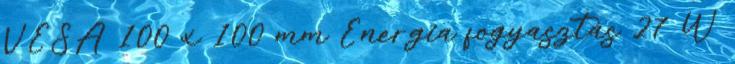
VESA 100 x 100 mm Energia fogyasztás 27 W